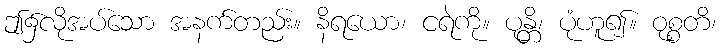
ဤ၌လိုအပ်သော အနက်တည်း။ နိရယော၊ ငရဲကို။ ပုန္တိ၊ ပုံဟူ၍။ ဝုစ္စတိ၊